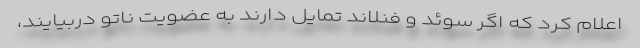
اعلام کرد که اگر سوئد و فنلاند تمایل دارند به عضویت ناتو دربیایند،